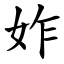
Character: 妰